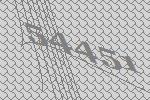
54451